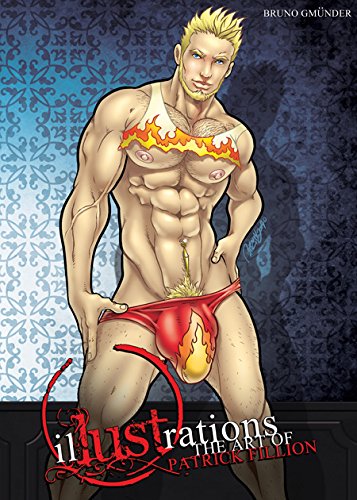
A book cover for Illustrations; Comics & Graphic Novels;